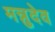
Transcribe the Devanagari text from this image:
मन्नुदेव